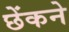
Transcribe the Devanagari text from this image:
छेंकने